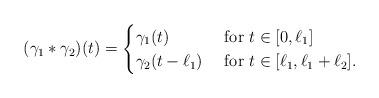
LaTeX: \begin{align*}(\gamma_1*\gamma_2)(t)=\begin{cases}\gamma_1(t) & \hbox{ for } t\in [0,\ell_1]\\\gamma_2(t-\ell_1) &\hbox{ for }t\in [\ell_1,\ell_1+\ell_2].\end{cases}\end{align*}